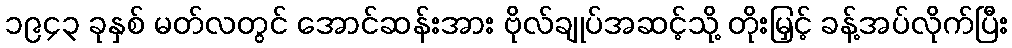
၁၉၄၃ ခုနှစ် မတ်လတွင် အောင်ဆန်းအား ဗိုလ်ချုပ်အဆင့်သို့ တိုးမြှင့် ခန့်အပ်လိုက်ပြီး